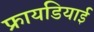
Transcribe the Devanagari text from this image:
फ्रायडियाई